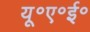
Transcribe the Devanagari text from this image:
यू॰ए॰ई॰